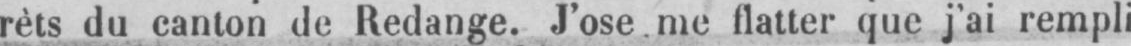
rèts du canton de Redange. J’ose me flatter que j’ai rempli